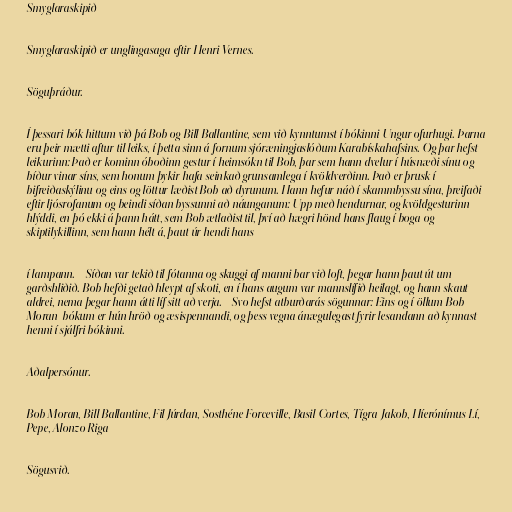
Smyglaraskipið

Smyglaraskipið er unglingasaga eftir Henri Vernes.

Söguþráður.

Í þessari bók hittum við þá Bob og Bill Ballantine, sem við kynntumst í bókinni Ungur ofurhugi. Þarna
eru þeir mætti aftur til leiks, í þetta sinn á fornum sjóræningjaslóðum Karabískahafsins. Og þar hefst
leikurinn: Það er kominn óboðinn gestur í heimsókn til Bob, þar sem hann dvelur í húsnæði sínu og
bíður vinar síns, sem honum þykir hafa seinkað grunsamlega í kvöldverðinn. Það er þrusk í
bifreiðaskýlinu og eins og löttur læðist Bob að dyrunum. Hann hefur náð í skammbyssu sína, þreifaði
eftir ljósrofanum og beindi síðan byssunni að náunganum: Upp með hendurnar, og kvöldgesturinn
hlýddi, en þó ekki á þann hátt, sem Bob ætlaðist til, því að hægri hönd hans flaug í boga og
skiptilykillinn, sem hann hélt á, þaut úr hendi hans

í lampann. - Síðan var tekið til fótanna og skuggi af manni bar við loft, þegar hann þaut út um
garðshliðið. Bob hefði getað hleypt af skoti, en í hans augum var mannslífið heilagt, og hann skaut
aldrei, nema þegar hann átti líf sitt að verja. - Svo hefst atburðarás sögunnar: Eins og í öllum Bob
Moran-bókum er hún hröð og æsispennandi, og þess vegna ánægulegast fyrir lesandann að kynnast
henni í sjálfri bókinni.

Aðalpersónur.

Bob Moran, Bill Ballantine, Fil Júrdan, Sosthéne Forceville, Basil Cortes, Tígra-Jakob, Híerónímus Lí,
Pepe, Alonzo Riga

Sögusvið.